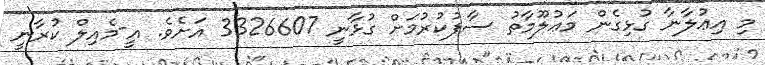
މި އިޢުލާނާ ގުޅިގެން މަޢުލޫމާތު ސާފުކުރުމަށް ގުޅާނީ 3326607 އަށެވެ. އީ-މެއިލް ކުރާނީ